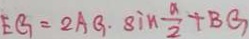
E G = 2 A G \cdot 8 i n \frac { a } { 2 } + B G